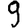
Digit: 9